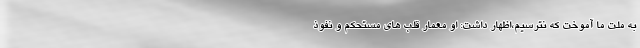
به ملت ما آموخت که نترسیم،اظهار داشت: او معمار قلب های مستحکم و نفوذ